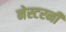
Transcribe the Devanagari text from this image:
नेस्टरनीं